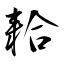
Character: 耠